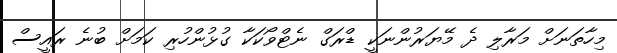
މިހާތަނަށް މަރާލި ދެ މޭޔަރުންނަކީ ޑްރަގް ނެޓްވޯކަކާ ގުޅުންހުރި ކަމަށް ބުނެ ރައީސް